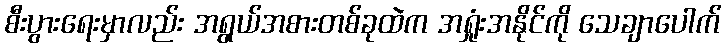
စီးပွားရေးမှာလည်း အရွယ်အစားတစ်ခုထဲက အရှုံးအနိုင်ကို သေချာပေါက်